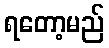
ရတော့မည်